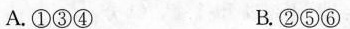
A. ①③④ B. ②⑤⑥